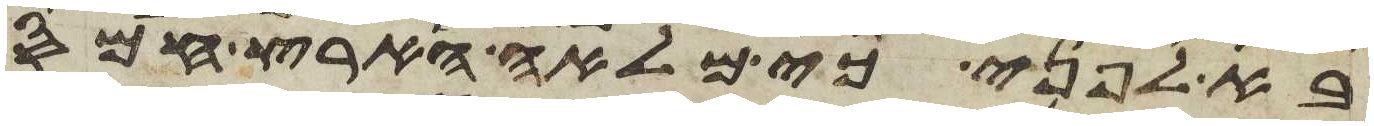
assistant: בא לפני כי מלאה הארץ חמס